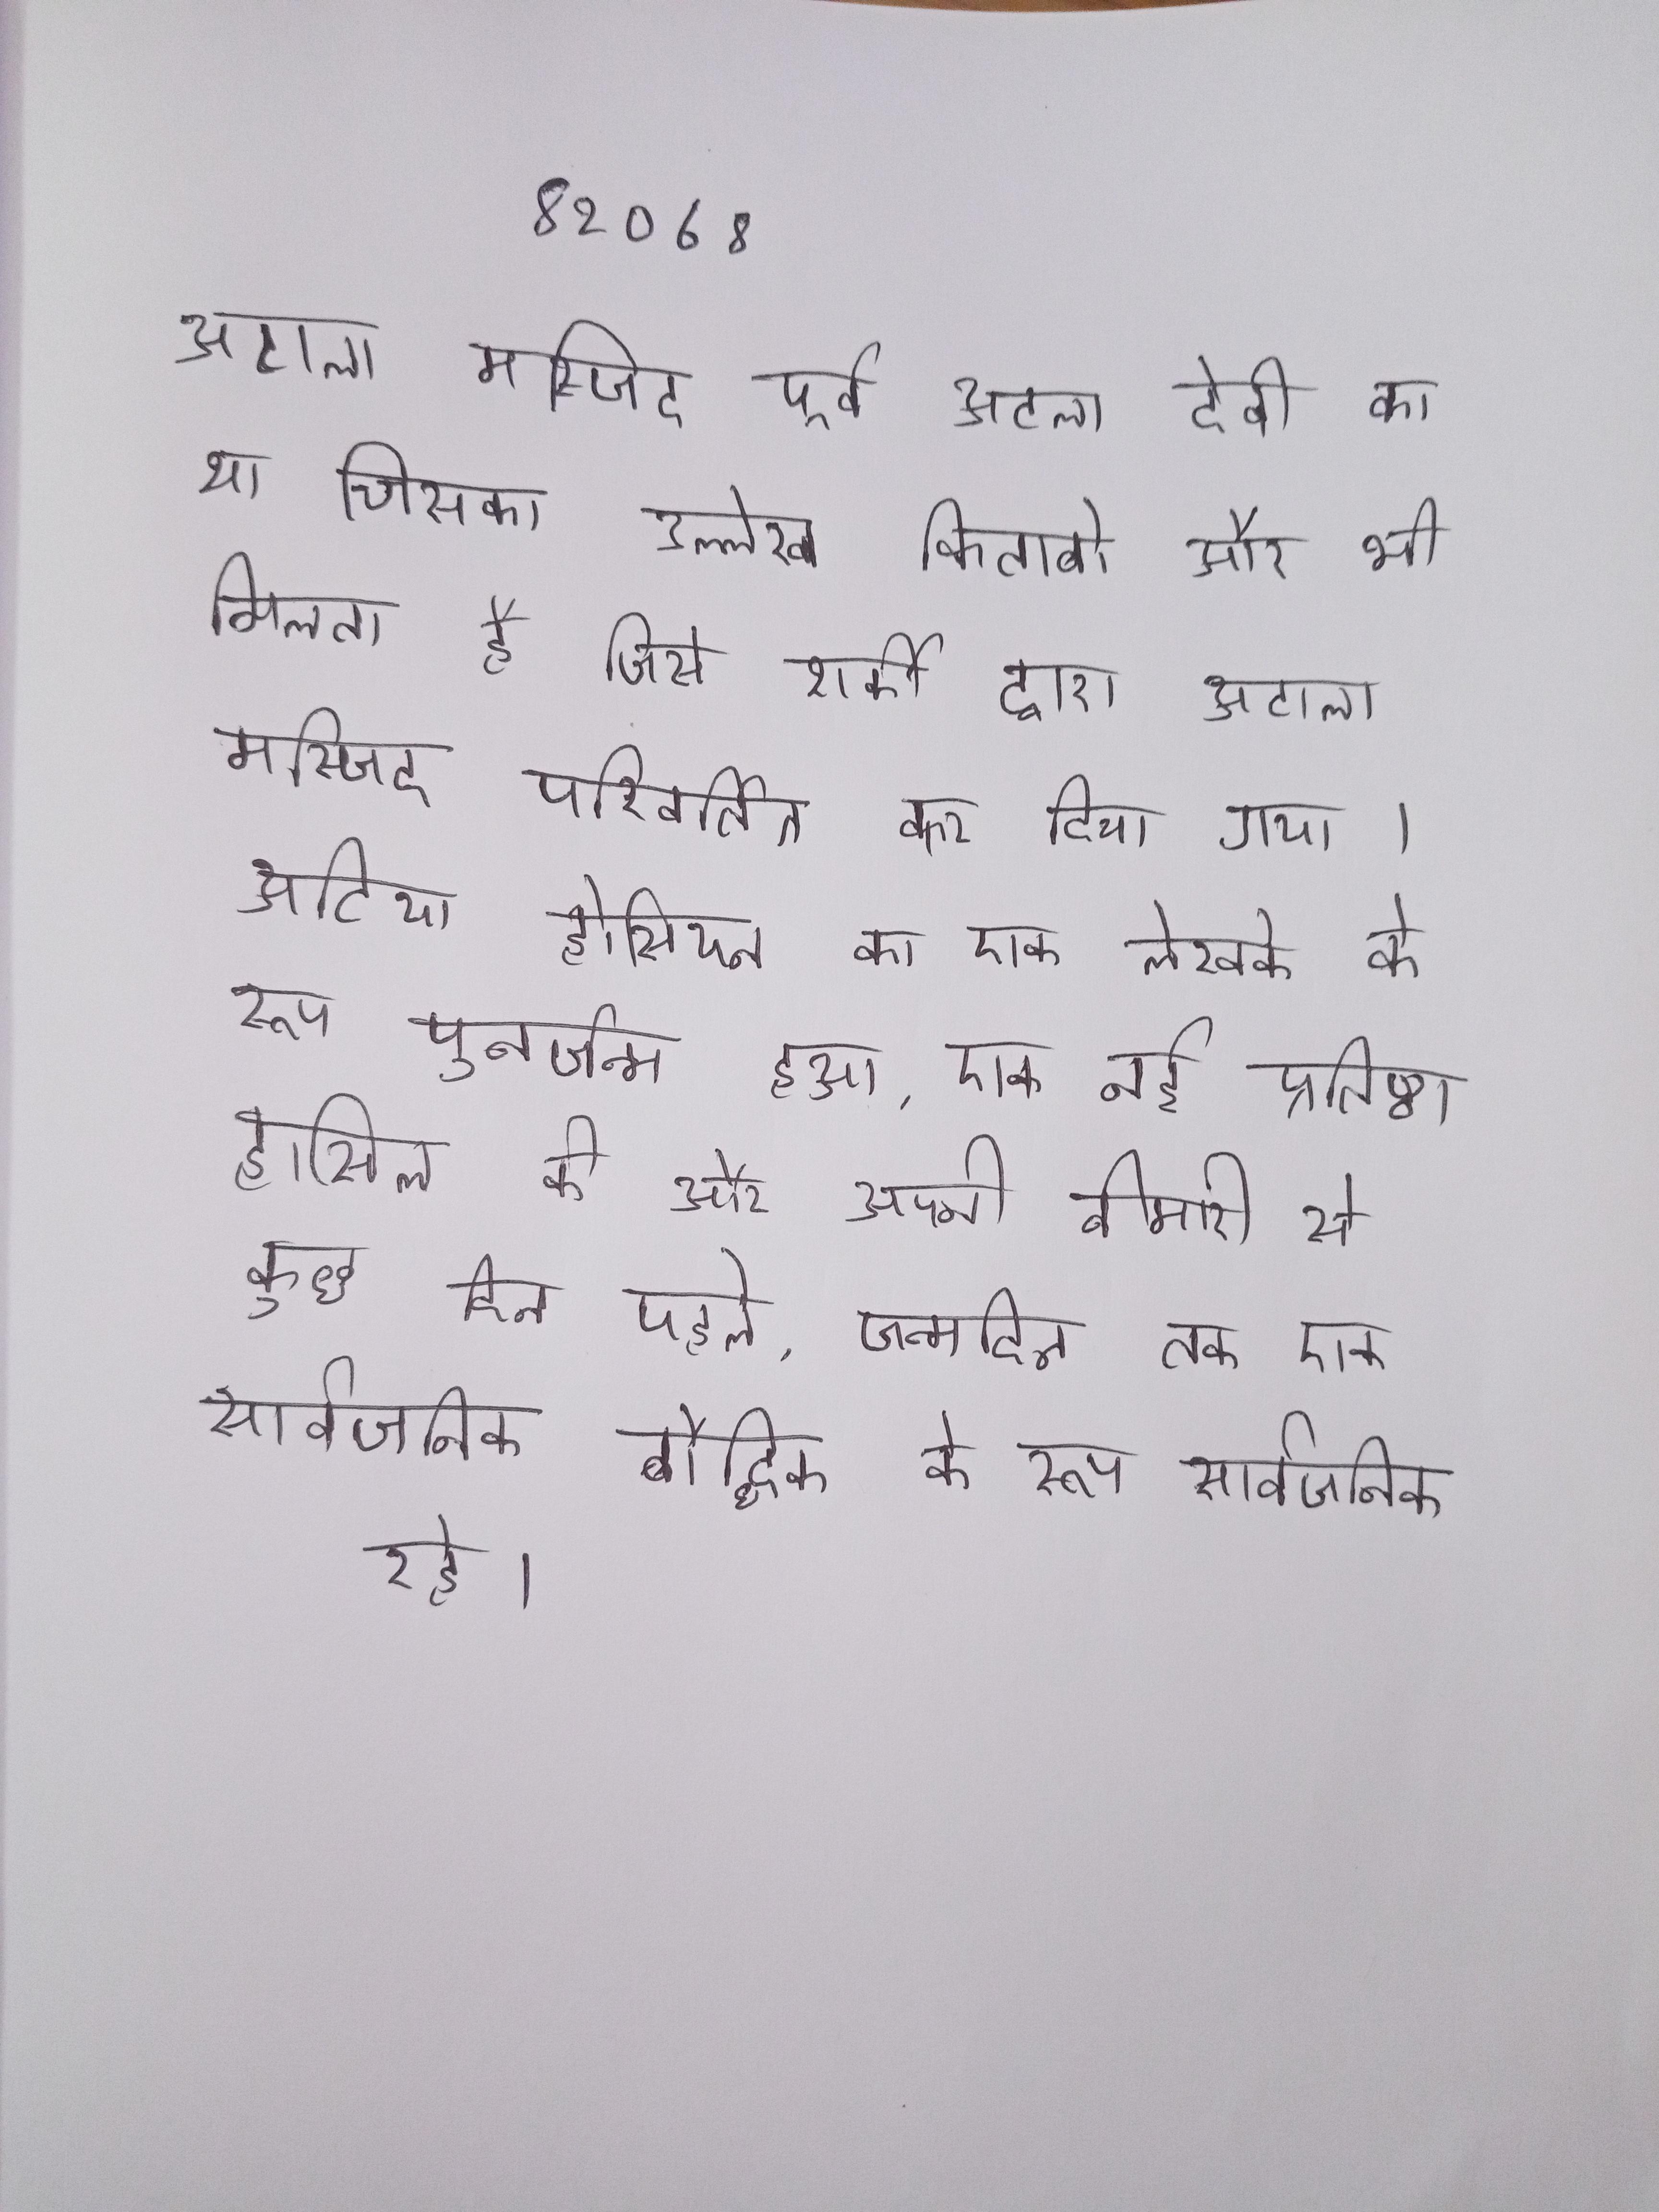
अटाला मस्जिद पूर्व अटला देवी का था जिसका उल्लेख किताबो और भी मिलता है जिसे शर्की द्वारा अटाला मस्जिद परिवर्तित कर दिया गया । अटिया होसियन का एक लेखक के रूप पुनर्जन्म हुआ, एक नई प्रतिष्ठा हासिल की और अपनी बीमारी से कुछ दिन पहले, जन्मदिन तक एक सार्वजनिक बौद्धिक के रूप सार्वजनिक रहे ।